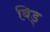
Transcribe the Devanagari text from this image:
बिड्